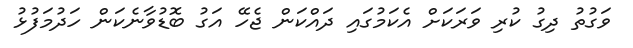
ވަގުތު ދިގު ކުރި ވަރަކަށް އެކަމުގައި ދައްކަން ޖެހޭ އަގު ބޮޑުވާނެކަން ހަދުމަފުޅު